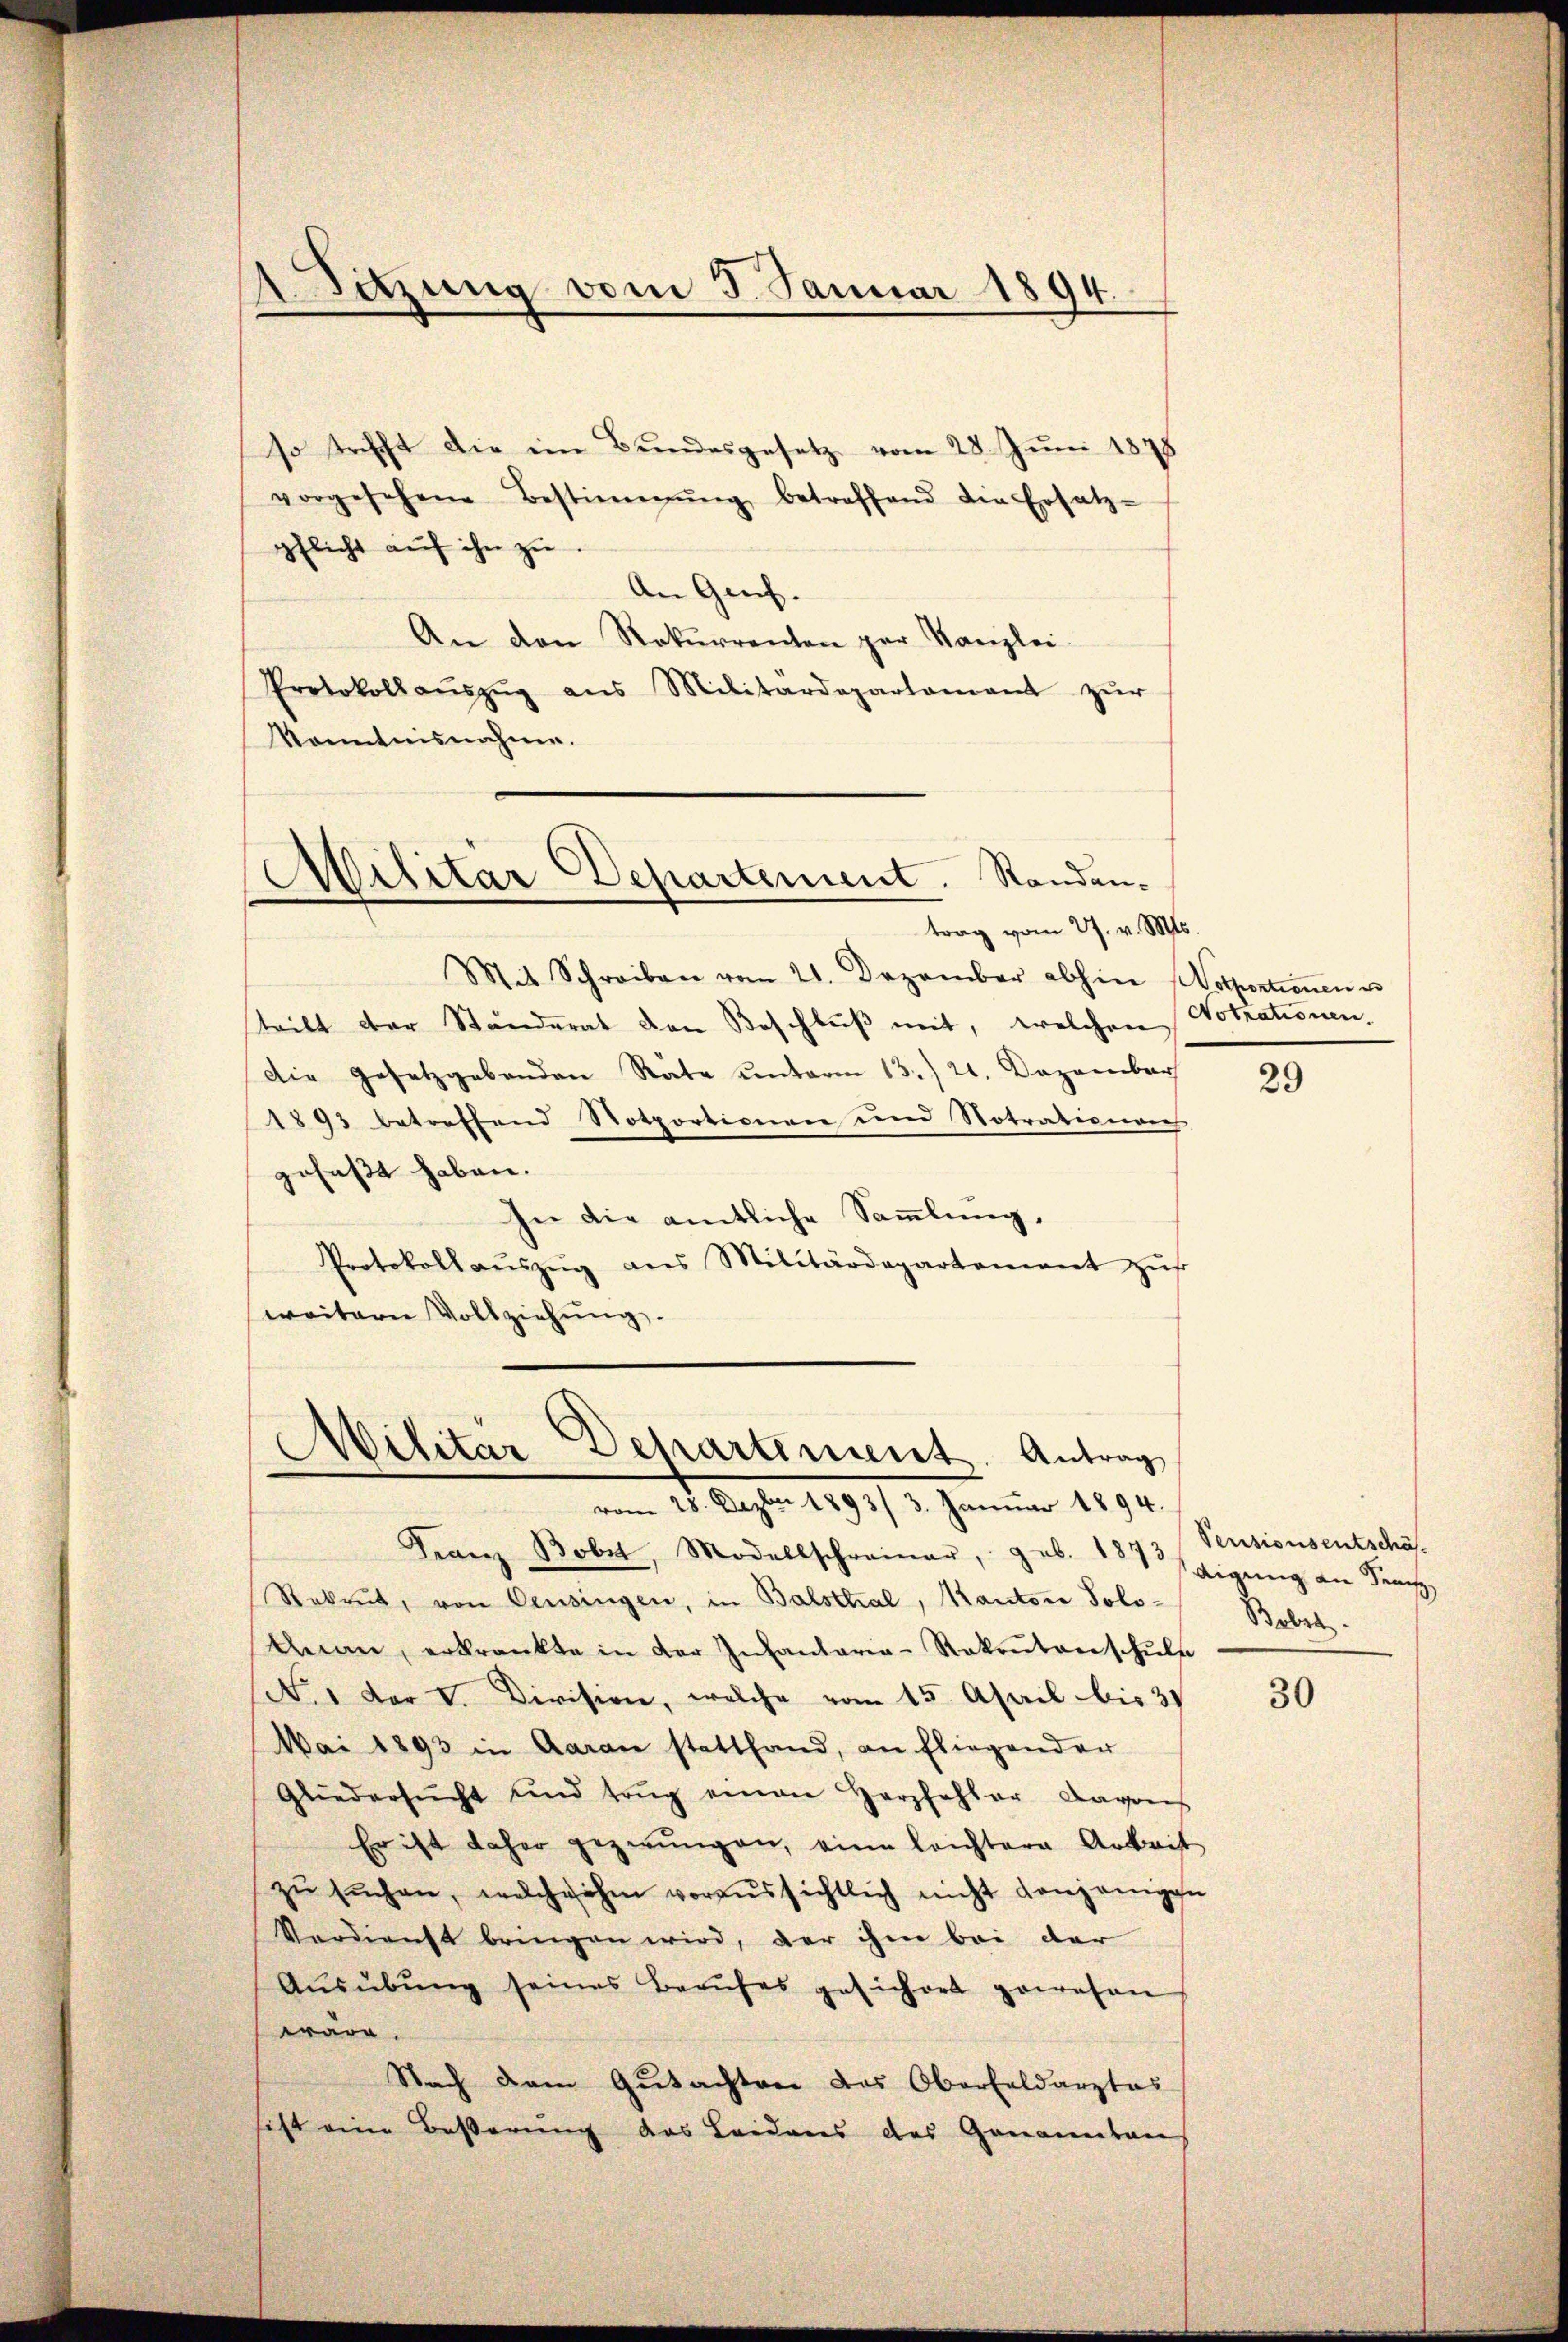
so trifft die im Bundesgesetz vom 28. Juni 1878
vorgesehene Bestimmung betreffend die Ersatz-
pflicht aŭf ihn zu.
An Genf.
An den Rekurrenten par Kanzlei-
Protokollaŭszŭg ans Militärdepartament zŭr
Kanntnisnahme.

Sitzung vom 5. Januar 1894.

Militar Departement. Standen-
trag vom 27. v. Mts.

Mit Schreiben vom 21. Dezember abhin (Notportionen u
teilt der Ständerat den Beschluß mit, welchen Notrationen.
Die Gesetzgebenden Räte unterm 13./21. Dezember
1893 betreffend Notportigenen und Notrationen
gefaßt haben.
In die amtliche Sammlung,
Protokollaŭszŭg ans Militärdepartement zŭst
weitern Vollziehŭng.

Militär-Departement. Antrag
vom 28. Dezbr. 1893/ 3. Janŭar 1894.

Franz Bobst, Modellschreiner, geb. 187 digung an Semes
Rekrut, von Censingen, in Balsthal, Kanton Solo¬
Gnan, erkrankte in der Infantaria-Rakrŭtanschŭls
(No. 1 der V. Division, welche vom 15. April bis 31
Mai 1893 in Garan stattfand, an Fliegender
Gliedersŭcht und trug einen Herzfehler Davons
Er ist daher gezwungen, eine leichtere Arbeit
zŭ sŭchen, welche ihm voraussichtlich nicht denjenigen
Verdienst bringen wird, der ihm bei der
Aŭsübŭng seines Berufes gesichert gewesen
wärg.
Nach dem Gutachter das Oberfeldarztas
ist eine Besserung das Leidens des Genannten

29

Pensionsentschäf¬
Babre

30